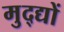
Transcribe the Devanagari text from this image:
मुद्द्यों